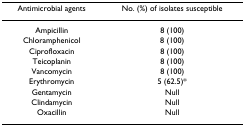
<table><thead><tr><td><b>Antimicrobial agents</b></td><td><b>No. (%) of isolates susceptible</b></td></tr></thead><tbody><tr><td>Ampicillin</td><td>8 (100)</td></tr><tr><td>Chloramphenicol</td><td>8 (100)</td></tr><tr><td>Ciprofloxacin</td><td>8 (100)</td></tr><tr><td>Teicoplanin</td><td>8 (100)</td></tr><tr><td>Vancomycin</td><td>8 (100)</td></tr><tr><td>Erythromycin</td><td>5 (62.5)*</td></tr><tr><td>Gentamycin</td><td>Null</td></tr><tr><td>Clindamycin</td><td>Null</td></tr><tr><td>Oxacillin</td><td>Null</td></tr></tbody></table>